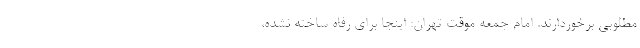
مطلوبی برخوردارند. امام جمعه موقت تهران: اینجا برای رفاه ساخته نشده،